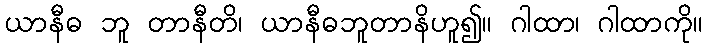
ယာနီဓ ဘူ တာနီတိ၊ ယာနီဓဘူတာနိဟူ၍။ ဂါထာ၊ ဂါထာကို။